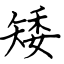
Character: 矮